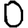
Digit: 0